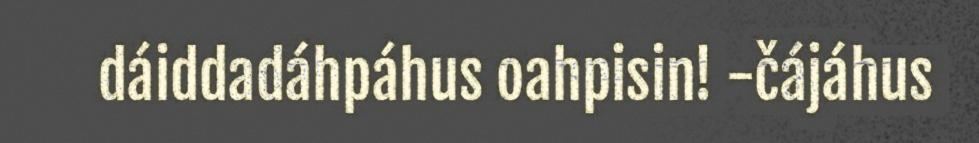
dáiddadáhpáhus oahpisin! -čájáhus